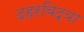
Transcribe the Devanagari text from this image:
दहरविद्या